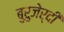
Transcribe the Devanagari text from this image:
बुरुजेर्दी